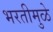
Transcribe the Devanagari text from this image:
भरतीमुळे